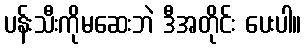
ပန်းသီးကိုမဆေးဘဲ ဒီအတိုင်း ပေးပါ။